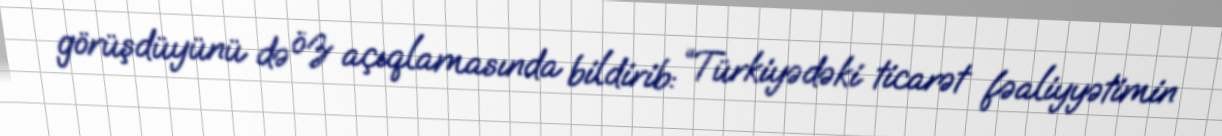
görüşdüyünü də öz açıqlamasında bildirib: “Türkiyədəki ticarət fəaliyyətimin